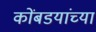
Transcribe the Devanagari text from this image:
कोंबडयांच्या